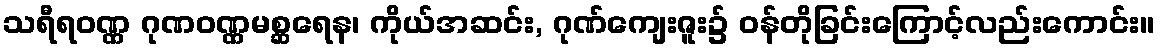
သရီရဝဏ္ဏ ဂုဏဝဏ္ဏမစ္ဆရေန၊ ကိုယ်အဆင်း, ဂုဏ်ကျေးဇူး၌ ဝန်တိုခြင်းကြောင့်လည်းကောင်း။